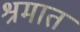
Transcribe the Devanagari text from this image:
श्रमात